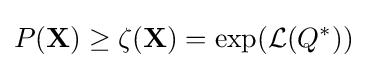
P(\mathbf {X} )\geq \zeta (\mathbf {X} )=\exp({\mathcal {L}}(Q^{*}))